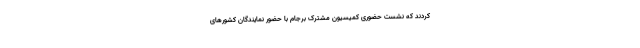
کردند که نشست حضوری کمیسیون مشترک برجام با حضور نمایندگان کشورهای